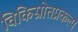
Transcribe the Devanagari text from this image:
विकिस्रोतप्रकल्प